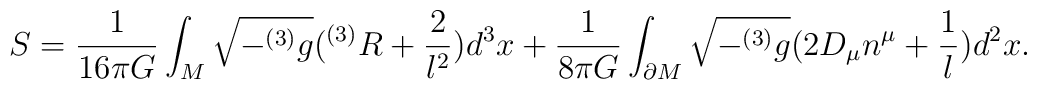
S=\frac{1}{16\pi G} \int_M \sqrt{-^{(3)}g}(^{(3)}R+\frac{2}{l^2})d^3x+\frac{1}{8\pi G} \int_{\partial M}  \sqrt{-^{(3)}g}(2D_{\mu} n^{\mu}+\frac{1}{l})d^2x.